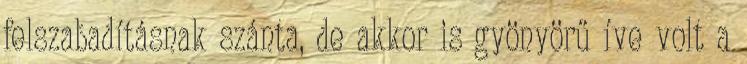
felszabadításnak szánta, de akkor is gyönyörű íve volt a